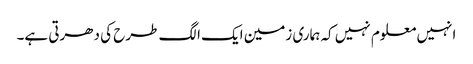
انہیں معلوم نہیں کہ ہماری زمین ایک الگ طرح کی دھرتی ہے۔